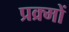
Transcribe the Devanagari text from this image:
प्रक्र्मों